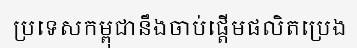
ប្រទេសកម្ពុជានឹងចាប់ផ្តើមផលិតប្រេង